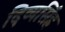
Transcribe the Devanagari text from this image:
दिव्यसिंह